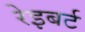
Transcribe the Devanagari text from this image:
रेइबर्ट